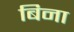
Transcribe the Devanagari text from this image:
बिना